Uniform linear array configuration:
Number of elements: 48
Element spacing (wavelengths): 0.75
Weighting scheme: exponential
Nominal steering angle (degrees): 45
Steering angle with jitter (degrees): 45.512
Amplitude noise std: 0.05
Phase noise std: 0.05

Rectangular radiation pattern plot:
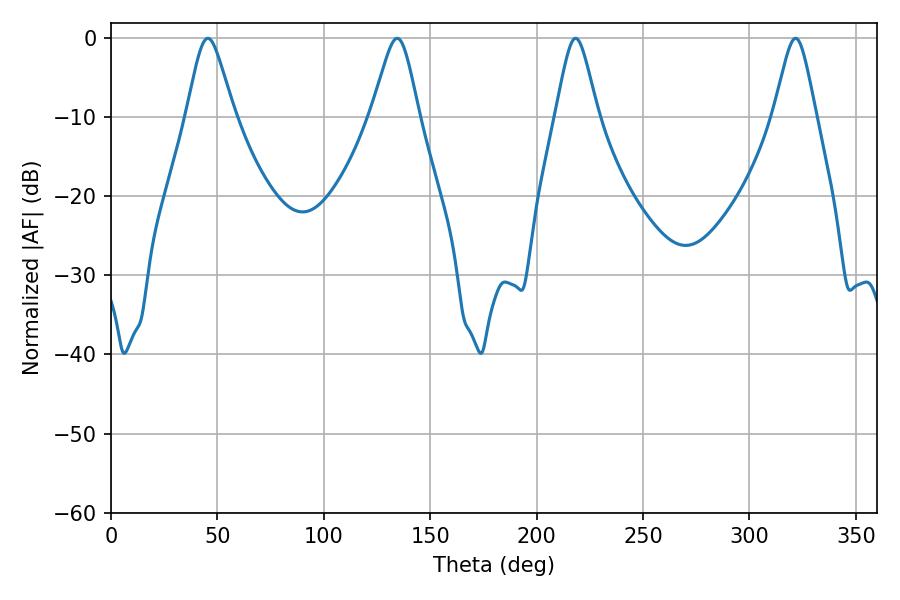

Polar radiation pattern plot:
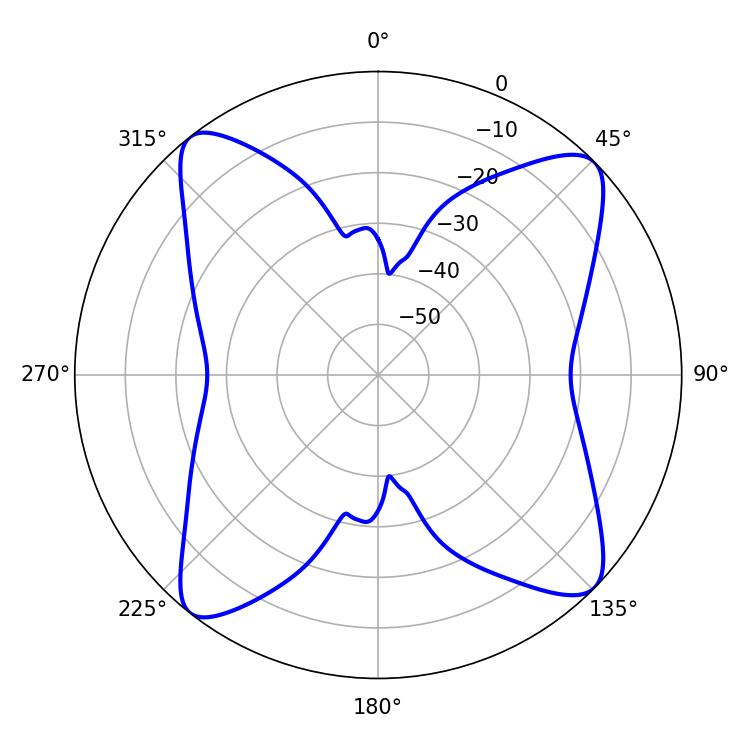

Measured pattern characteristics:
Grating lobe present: TRUE
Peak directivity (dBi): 14.054
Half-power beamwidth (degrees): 10.8
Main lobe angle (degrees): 45.54